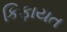
કિફાયત